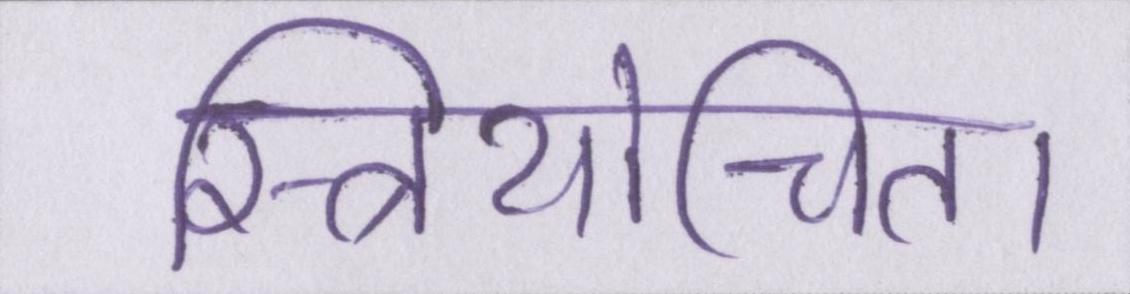
स्त्रियोचित।